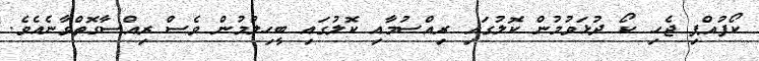
ކޯފުއްޕި ޖެހި ކޯ ދުޅަވުމުން ކޮލުގައި ރިއްސުމާއި ކޮލުގައި ބީހިލުމުން ވެސް ރިއްސާގޮތްވާނެއެވެ.